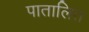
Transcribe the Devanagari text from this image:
पातालित